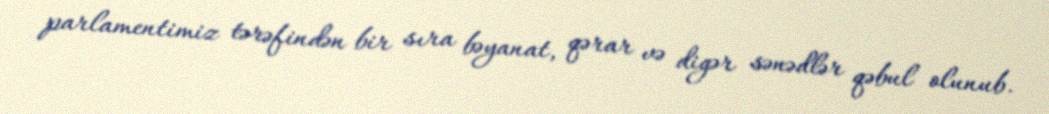
parlamentimiz tərəfindən bir sıra bəyanat, qərar və digər sənədlər qəbul olunub.